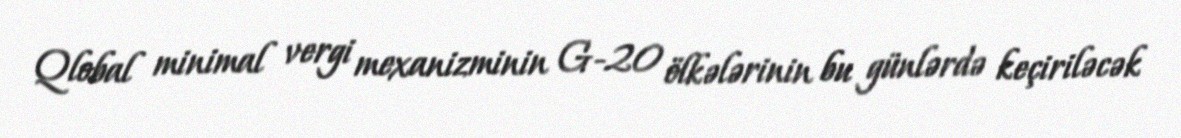
Qlobal minimal vergi mexanizminin G-20 ölkələrinin bu günlərdə keçiriləcək